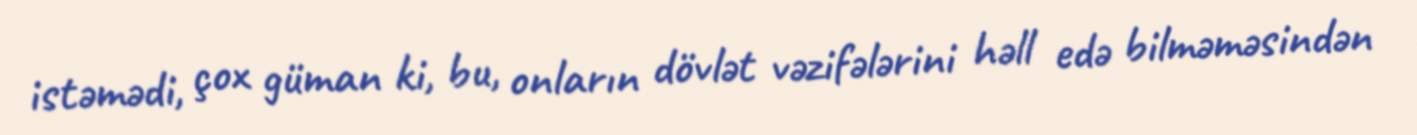
istəmədi, çox güman ki, bu, onların dövlət vəzifələrini həll edə bilməməsindən